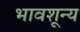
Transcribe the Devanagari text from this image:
भावशून्‍य